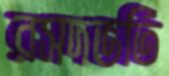
রসদভর্তি